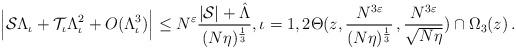
LaTeX: \begin{align*}\Big|\mathcal{S}\Lambda_\iota+\mathcal{T}_\iota\Lambda_\iota^2+O(\Lambda_\iota^3)\Big|\leq N^{{\varepsilon}} \frac{|\mathcal{S}|+ \hat{\Lambda}}{(N\eta)^{\frac13}},\iota=1,2 \Theta(z,{\frac{N^{3\varepsilon}}{(N\eta)^{\frac13}}}\,, {\frac{N^{3\varepsilon}}{\sqrt{N\eta}}})\cap\Omega_3(z)\,.\end{align*}